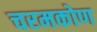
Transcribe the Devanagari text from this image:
चरमकोण